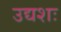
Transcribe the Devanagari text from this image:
उद्यशः